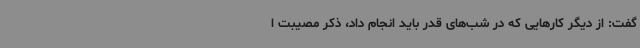
گفت: از دیگر کارهایی که در شب‌های قدر باید انجام داد، ذکر مصیبت ا